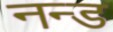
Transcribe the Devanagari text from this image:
नन्ड